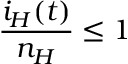
\frac { i _ { H } ( t ) } { n _ { H } } \leq 1